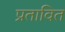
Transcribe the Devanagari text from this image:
प्रतावित